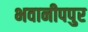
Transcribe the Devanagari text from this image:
भवानीपपुर